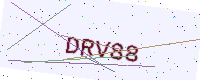
Text: DRV88